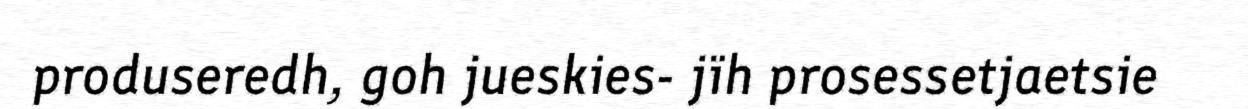
produseredh, goh jueskies- jïh prosessetjaetsie